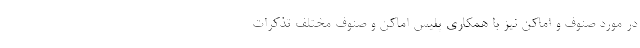
در مورد صنوف و اماکن نیز با همکاری پلیس اماکن و صنوف مختلف تذکرات